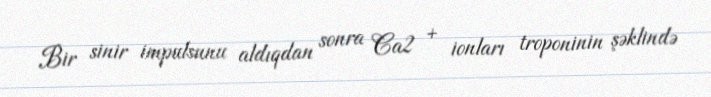
Bir sinir impulsunu aldıqdan sonra Ca2 + ionları troponinin şəklində